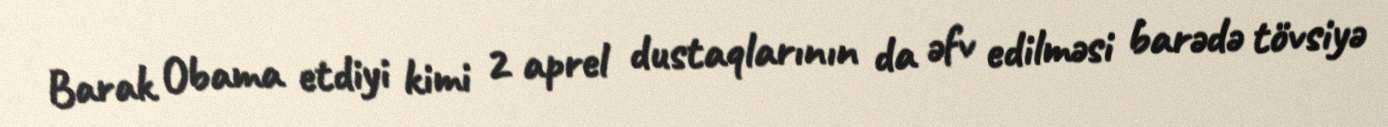
Barak Obama etdiyi kimi 2 aprel dustaqlarının da əfv edilməsi barədə tövsiyə